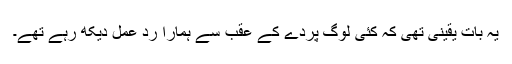
یہ بات یقینی تھی کہ کئی لوگ پردے کے عقب سے ہمارا ردِ عمل دیکھ رہے تھے۔